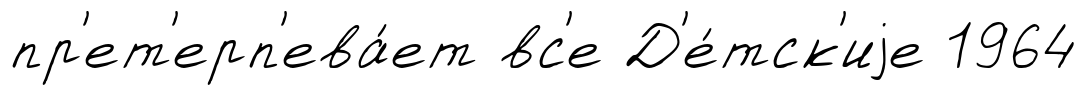
пр'ет'ерп'ева́ет вс'е Д'е́тск'иjе 1964